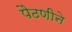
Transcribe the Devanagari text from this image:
पैठणीने